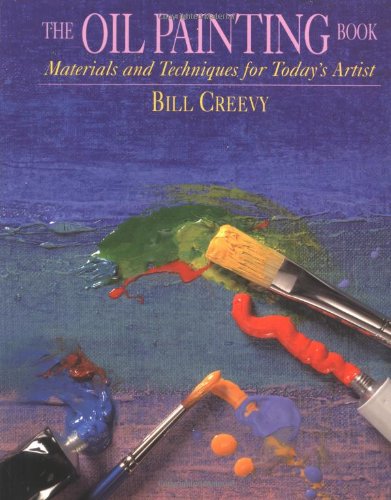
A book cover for The Oil Painting Book: Materials and Techniques for Today's Artist (Watson-Guptill Materials and Techniques); Bill Creevy; Arts & Photography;